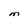
Character: M